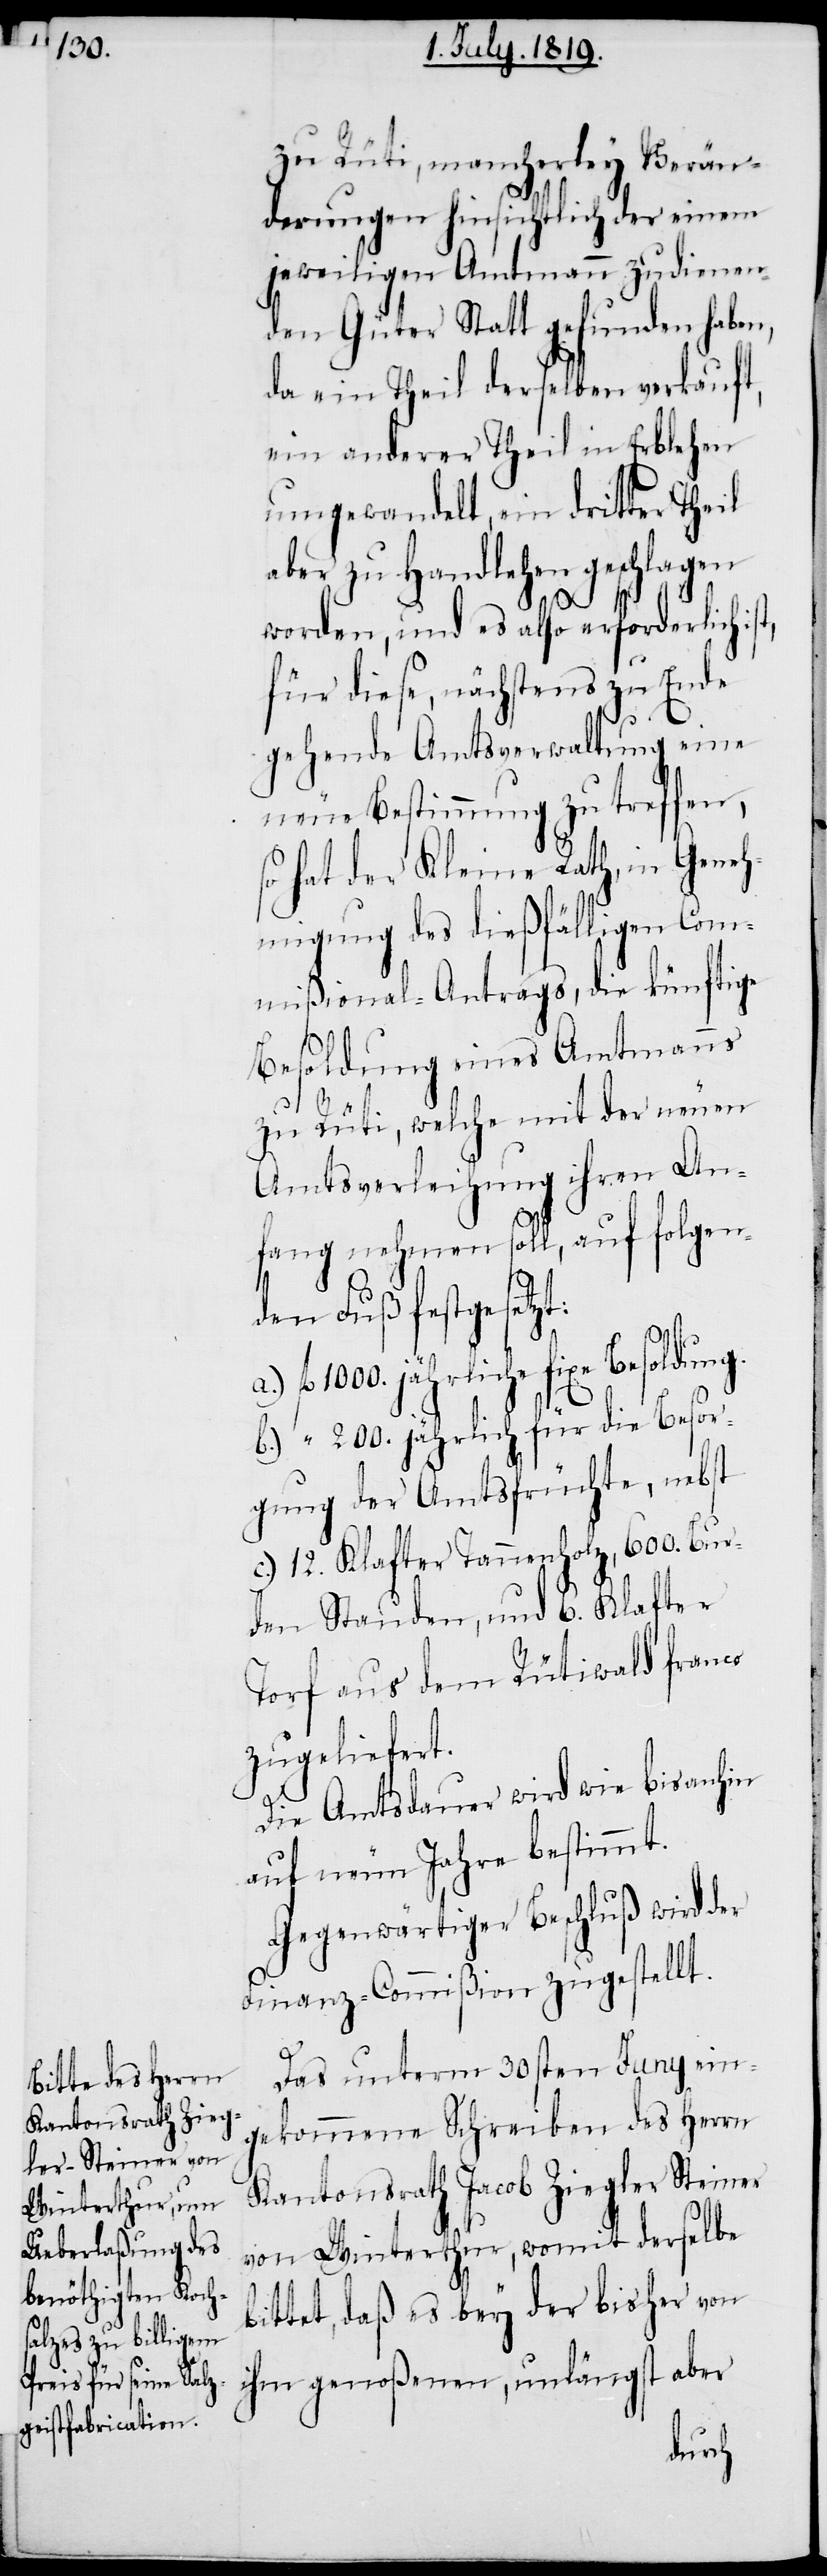
zu Rüti, mancherley Verän¬
derungen hinsichtlich der einem
jeweiligen Amtmann zu dienen¬
den Güter Statt gefunden haben,
da ein Theil derselben verkauft,
ein anderer Theil in Erblehen
umgewandelt, ein dritter Theil
aber zu Handlehen geschlagen
worden, und es also erforderlich
für diese, nächstens zu Ende
gehende Amtsverwaltung eine
neue Bestimmung zu treffen,
so hat der Kleine Rath, in Geneh¬
migung des dießfälligen Com¬
mißional-Antrags, die künftige
Besoldung eines Amtmanns
zu Rüti, welche mit der neuen
Amtsverleihung ihren An¬
fang nehmen soll, auf folgen¬
den Fuß festgesetzt:
1000. jährliche fixe Besoldung.
b.) " 200. jährlich für die Besor¬
gung der Amtsfrüchte, nebst
c.) 12. Klafter Tannenholz, 600. Bur¬
den Stauden, und 6. Klafter
Torf aus dem Rütiwald franco
zugeliefert.
Die Amtsdauer wird wie bisanhin
auf neun Jahre bestimmt.
Gegenwärtiger Beschluß wird der
Finanz-Commißion zugestellt.
Das unterm 30sten Juny ein¬
gekommene Schreiben des Herrn
Kantonsrath Jacob Ziegler Steiner
von Winterthur, womit derselbe
bittet, daß es bey der bisher von
ihm genoßenen, unlängst aber